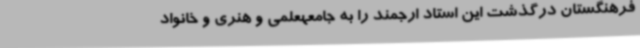
فرهنگستان درگذشت این استاد ارجمند را به جامعهعلمی و هنری و خانواد